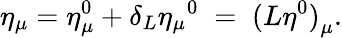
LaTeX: \eta_{\mu}=\eta_{\mu}^{0}+\delta_{L}{\eta_{\mu}}^{0}\; =\; {(L\eta^{0})}_{\mu}.